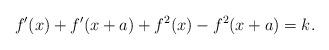
LaTeX: \begin{align*}f^\prime(x)+f^\prime(x+a)+f^2(x)-f^2(x+a)=k.\end{align*}